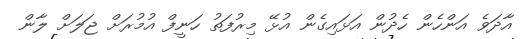
އާދަވެ އަންހެން ހެދުން އަޅައިގެން އުޅޭ މިރުފަތު ހަނީފް އުމުރަށް ޖަލަށް ލާން